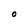
Character: O